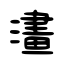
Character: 澅